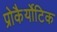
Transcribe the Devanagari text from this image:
प्रोकैर्योटिक